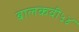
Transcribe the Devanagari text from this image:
बालकवी५४